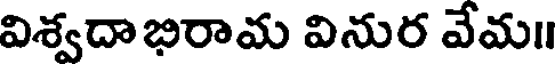
విశ్వదాభిరామ వినుర వేమ॥